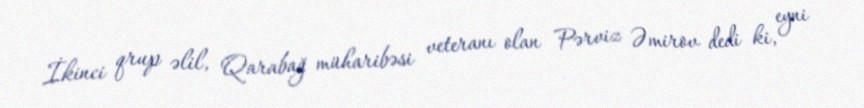
İkinci qrup əlil, Qarabağ müharibəsi veteranı olan Pərviz Əmirov dedi ki, eyni